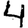
Digit: 4